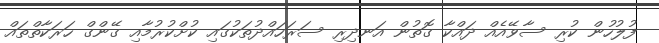
ފުލުހުން ކުރި ސާވޭއެއް ދައްކާ ގޮތުން އަނދިރި ސަރަހައްދުތަކުގައި ކުށްކުރުމާއި ގޭންގް ހަރަކާތްތައް